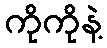
ကိုကိုနဲ့